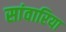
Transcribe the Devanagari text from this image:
सांवारिया